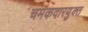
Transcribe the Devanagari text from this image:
चमकदारयुक्त